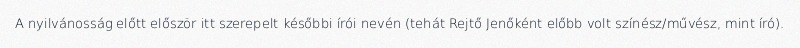
A nyilvánosság előtt először itt szerepelt későbbi írói nevén (tehát Rejtő Jenőként előbb volt színész/művész, mint író).